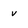
Character: v